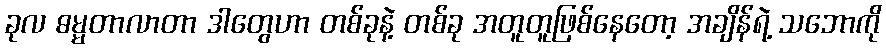
ခုလ ဓမ္မတာလာတာ ဒါတွေဟာ တစ်ခုနဲ့ တစ်ခု အတူတူဖြစ်နေတော့ အချိန်ရဲ့ သဘောကို